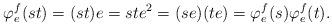
LaTeX: \begin{align*}\varphi^f_e(st) = (st)e = ste^2 = (se)(te) = \varphi^f_e(s) \varphi^f_e(t).\end{align*}